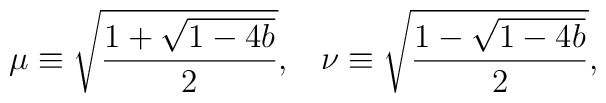
\mu\equiv\sqrt{\frac{1+\sqrt{1-4b}}{2}},\;\;\;\nu\equiv\sqrt{\frac{1-\sqrt{1-4b}}{2}},